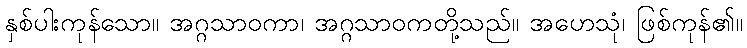
နှစ်ပါးကုန်သော။ အဂ္ဂသာဝကာ၊ အဂ္ဂသာဝကတို့သည်။ အဟေသုံ၊ ဖြစ်ကုန်၏။